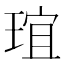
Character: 𤦌